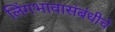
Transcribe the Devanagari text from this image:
लिंगभावासंबंधीचे